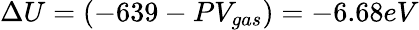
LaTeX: \Delta U=\left(-639-PV_{gas}\right)=-6.68eV